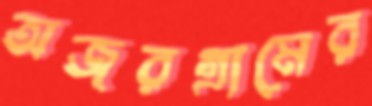
অজরগ্রামের